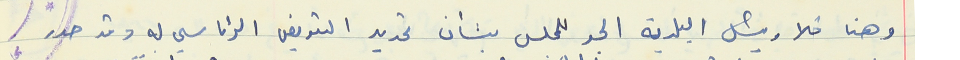
وهنا خلا رئيس البلدية الجو للمجلس بشأن تحديد التعويض الرئاسي له وقد حدد